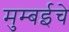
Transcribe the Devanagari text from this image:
मुम्बईचे